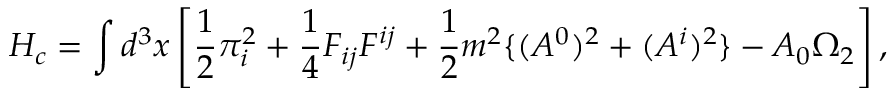
H _ { c } = \int d ^ { 3 } x \left[ \frac { 1 } { 2 } \pi _ { i } ^ { 2 } + \frac { 1 } { 4 } F _ { i j } F ^ { i j } + \frac { 1 } { 2 } m ^ { 2 } \{ ( A ^ { 0 } ) ^ { 2 } + ( A ^ { i } ) ^ { 2 } \} - A _ { 0 } \Omega _ { 2 } \right] ,